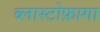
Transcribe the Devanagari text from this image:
ब्लास्टोफ़ागा